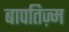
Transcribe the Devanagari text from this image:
बापतिज़्म